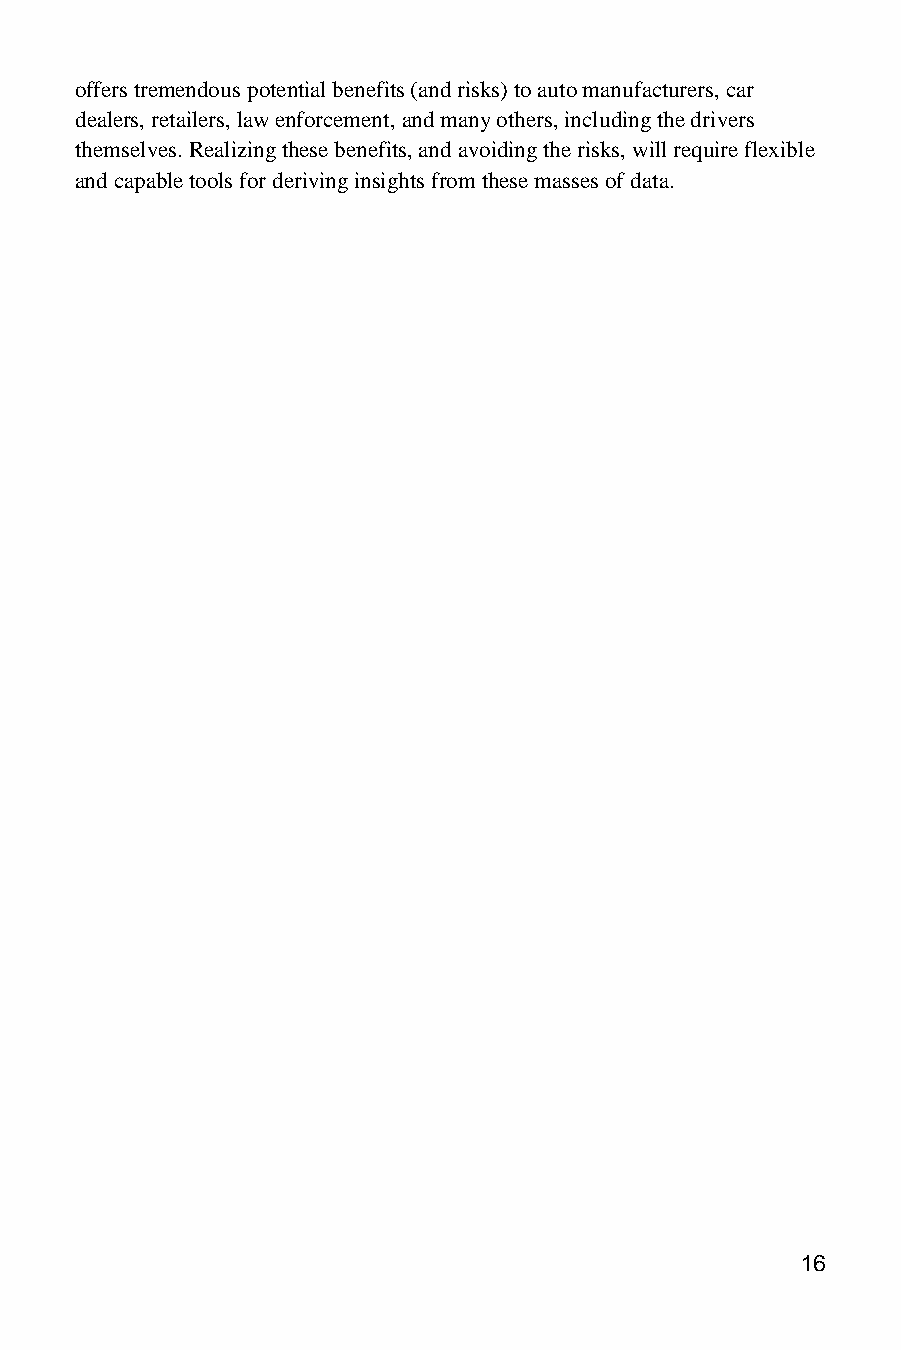
offers tremendous potential benefits (and risks) to auto manufacturers, car
 dealers, retailers, law enforcement, and many others, including the drivers
 themselves. Realizing these benefits, and avoiding the risks, will require flexible
 and capable tools for deriving insights from these masses of data.
 16